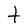
Character: t